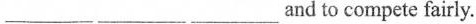
___ ___ ___and to compete fairly.